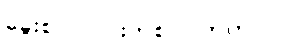
ခွေးစာ၊ လင်းတစာပါတကာ:။